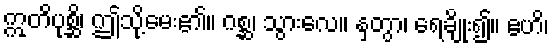
ဣတိပုစ္ဆိ၊ ဤသို့မေး၏။ ဂစ္ဆ၊ သွားလေ။ နှတွာ၊ ရေချိုး၍။ ဧဟိ၊